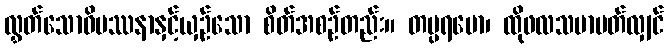
လွှတ်သောဝိပဿနာနှင့်ယှဉ်သော စိတ်အစဉ်တည်း။ တပ္ပရမော၊ ထိုဖလသမာပတ်လျှင်